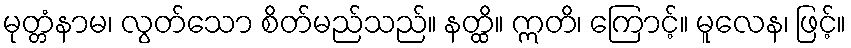
မုတ္တံနာမ၊ လွတ်သော စိတ်မည်သည်။ နတ္ထိ။ ဣတိ၊ ကြောင့်။ မူလေန၊ ဖြင့်။